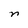
Character: n